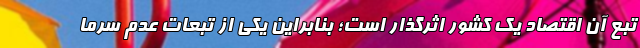
تبع آن اقتصاد یک کشور اثرگذار است؛ بنابراین یکی از تبعات عدم سرما